V__Kingissepa_nim__kolhoos, lk 8
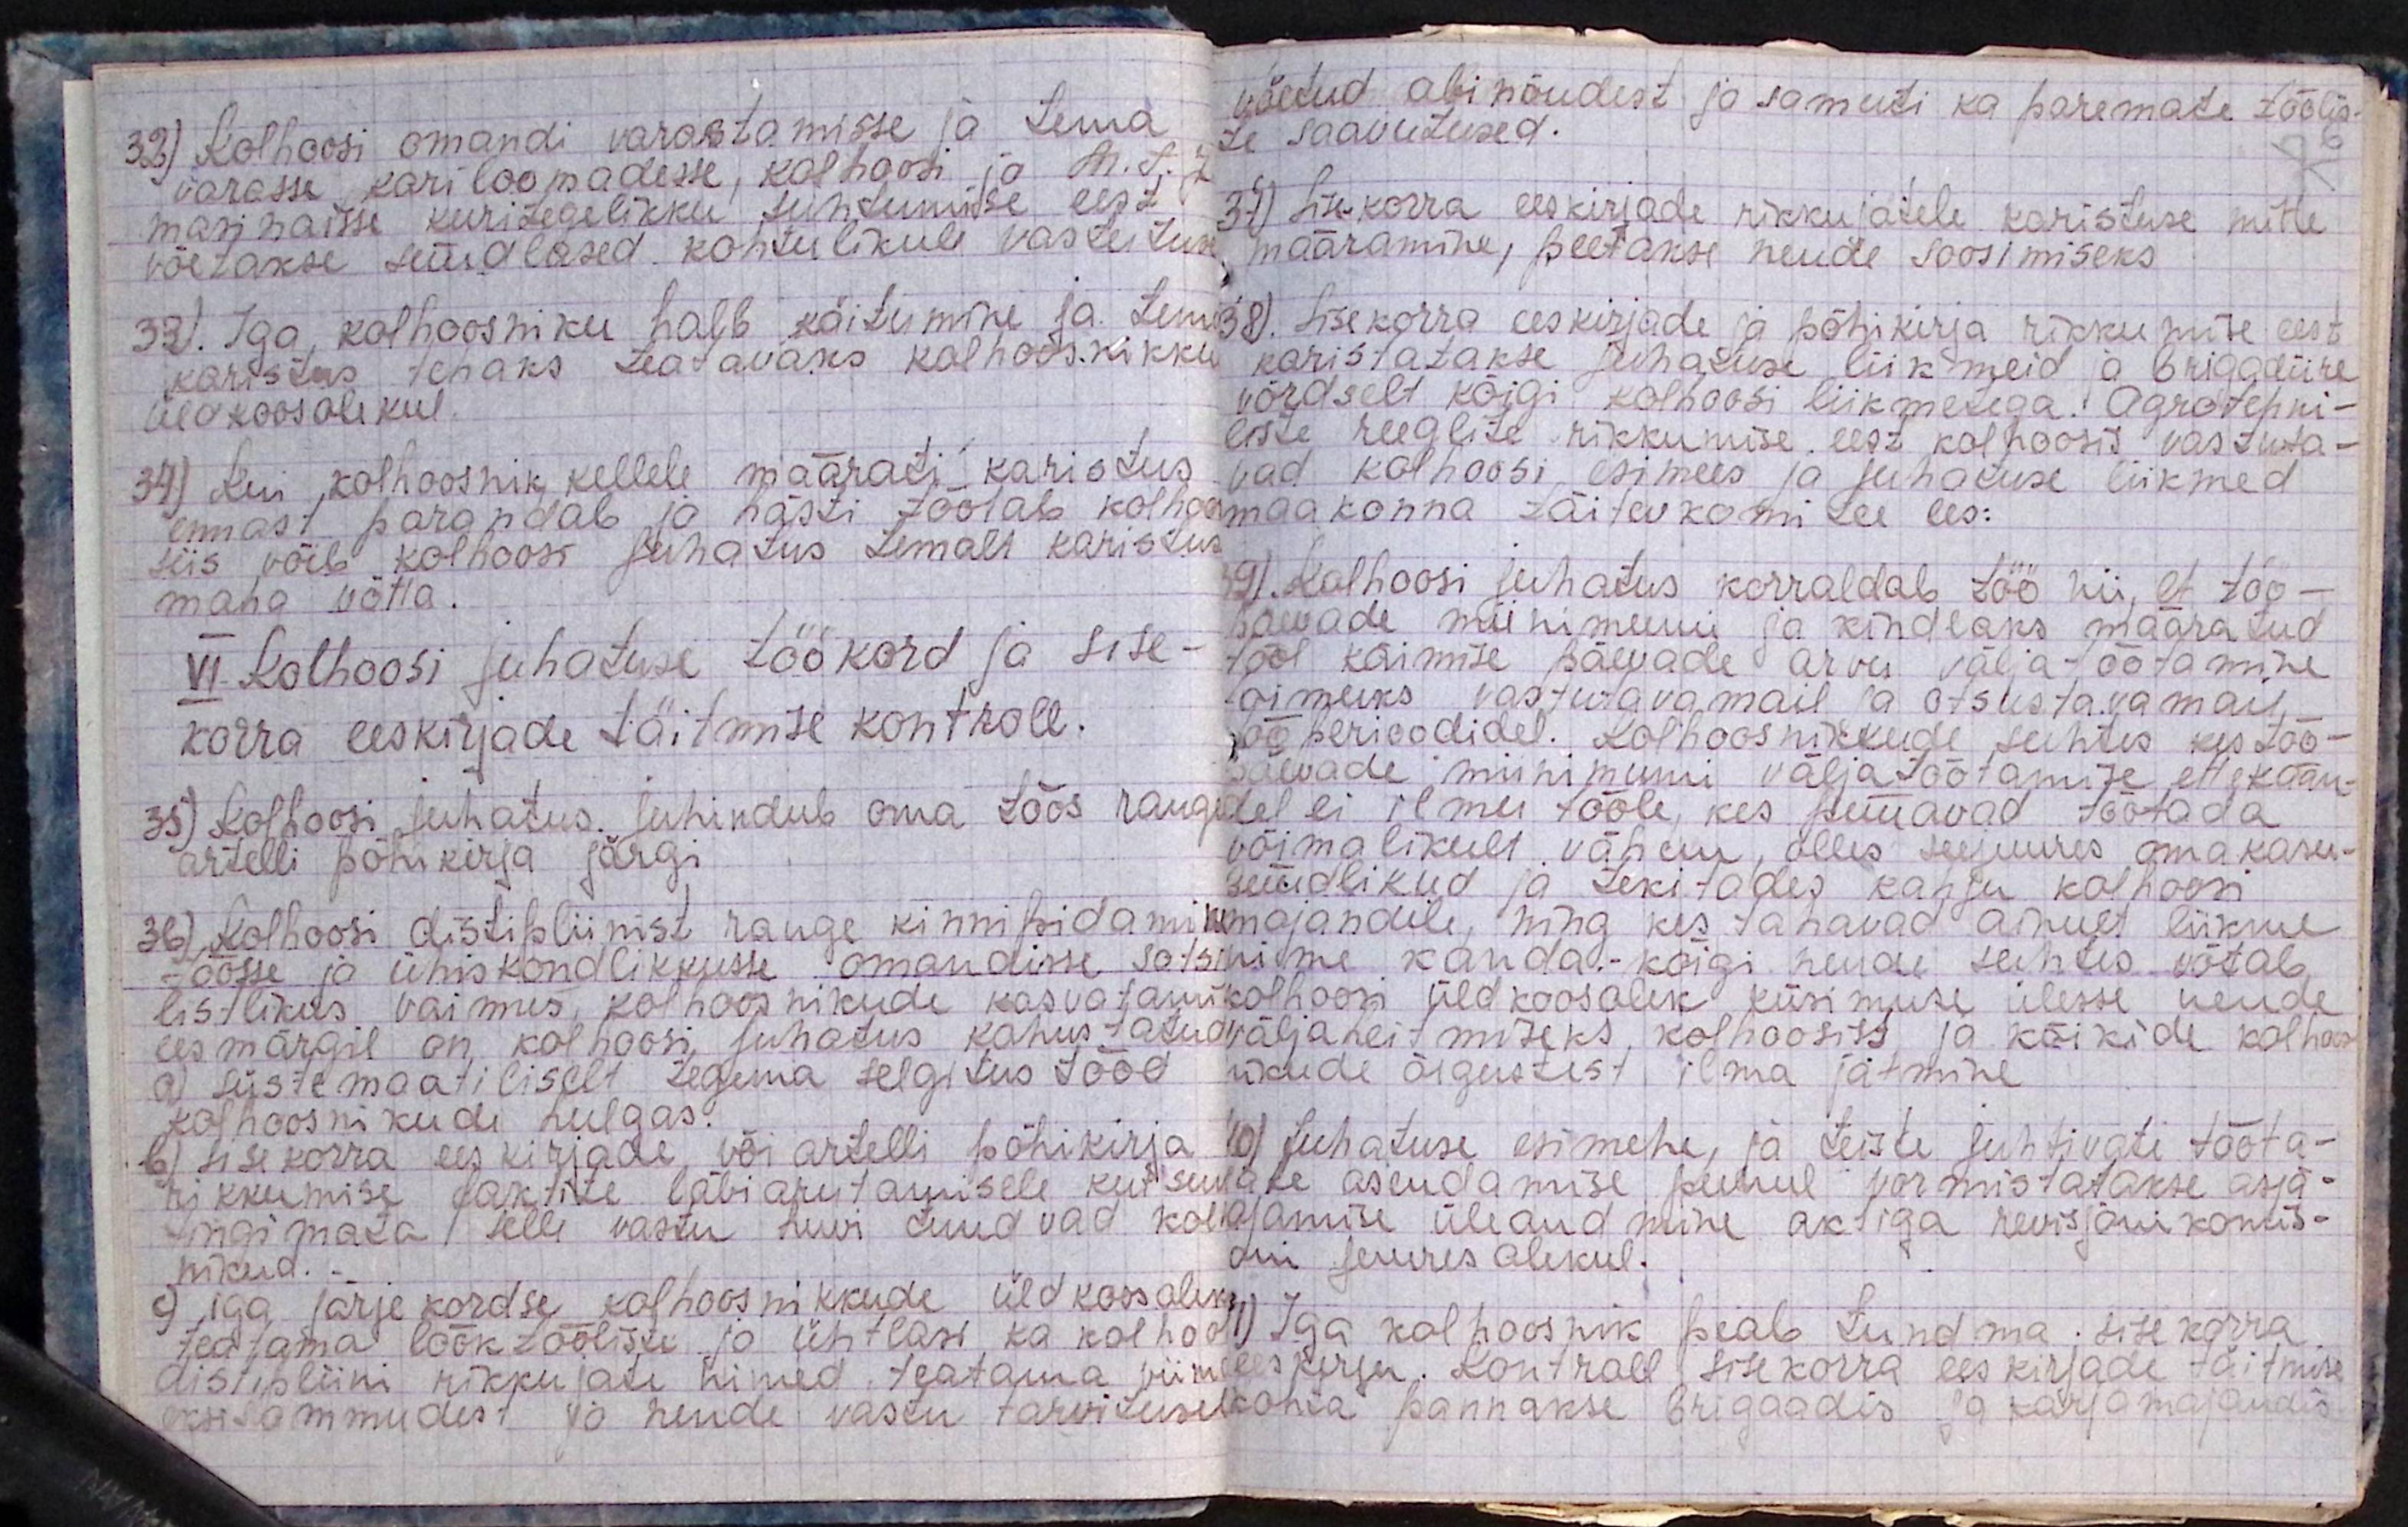
32) Kolhoosi omandi varastamisse ja tema
varasse kariloomadesse, kolhoosi ja M.T.J.
masinaisse kuritegelikku suhtumise eest
võetakse süüdlased kohtulikule vastutu
33). Iga kolhoosniku halb käitumine ja tem
karistus tehaks teatavaks kolhoosnikku
üldkoosolekul.
34) Kui kolhoosnik kellele määrati karistus
ennast parandab ja hästi töötab kolho
siis võib kolhoosi juhatus temalt karistu
maha võtta.
VI. Kolhoosi juhatuse töökord ja sise-
korra eeskirjade täitmise kontkoll.
35) Kolhoosi juhatus juhindub oma töös ran
artelli põhikirja järgi.
36) Kolhoosi distipliinist range kinnipidamine
töösse ja ühiskondlikkusse omandisse sot
listlikus vaimus, kolhoosnikude kasvatami
eesmärgil on kolhoosi juhatus kohustatud
a) süstemaatiliselt tegema selgitus tööd
kolhoosnikude hulgas.
b) sisekorra eeskirjade või artelli põhikirja
rikkumise faktite läbiarutamisele kutsu
tingimata selle vastu huvi tundvad ko
nikud.
c) iga järjekordse kolhoosnikkude üldkoosoleku
teatama löök tööliste ja ühtlasi ka kolho
distipliini rikkujate nimed teatama vii
eksisammudest võ nende vastu tarvituse

võetud abinõudest ja samuti ka paremate töölis-
te saavutused.
37) Sisekorra eeskirjade rikkujatele karistuse mitte
määramine, peetakse nende soosimiseks
38). Sisekorra eeskirjade ja põhikirja rikkumise eest
karistatakse juhatuse liikmeid ja brigadiire
võrdselt kõigi kolhoosi liikmetega. Agrotehni-
liste reeglite rikkumise eest kolhoosis vastuta-
vad kolhoosi esimees ja juhatuse liikmed
maakonna täitevkomitee ees:
39). Kolhoosi juhatus korraldab töö nii, et töö-
päevade miinimumi ja kindlaks määratud
tööl käimise päevade arvu väljatöötamine
toimuks vastutavamail ja otsustavamail
tööperioodidel. Kolhoosnikkude suhtes kes töö-
päevadel miinimumi väljatöötamise ettekään-
del ei ilmu tööle, kes püüavad töötada
võimalikult vähem, olles seejuures omakasu-
püüdlikud ja tekitades kahju kolhoosi
majandile, ning kes tahavad ainult liikme
nime kanda.- kõigi nende suhtes võtab
kolhoosi üldkoosolek küsimuse ülesse nende
väljaheitmiseks kolhoosist ja kõikide kolhoos-
nikude õigustest ilma jätmine
40) Juhatuse esimehe, ja teiste juhtivate tööta-
jate asendamise puhul vormistatakse asja-
ajamise üleandmine aktiga revisjoni komis-
oni juures olekul.
41) Iga kolhoosnik peab tundma sisekorra
eeskirju. Kontroll sisekorra eeskirjade täitmise
kohta pannakse brigaadis ja karjamajandis